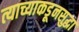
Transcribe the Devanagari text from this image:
त्याच्याकडूनसुद्धा